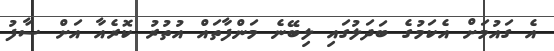
އެ ގައުމަށް އެކަމުގެ ބަދަލުގައި ލިބޭނެ މަންފާތައް އުތުރު ކޮރެއާ އަށް ސާފު